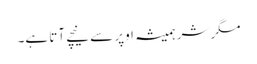
مگر شر ہمیشہ اوپر سے نیچے آتا ہے۔